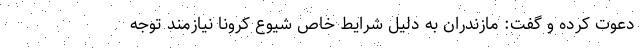
دعوت کرده و گفت: مازندران به دلیل شرایط خاص شیوع کرونا نیازمند توجه